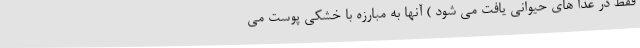
فقط در غذا های حیوانی یافت می شود ) آنها به مبارزه با خشکی پوست می